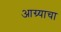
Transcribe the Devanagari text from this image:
आग्र्याचा